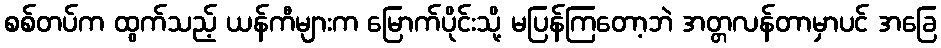
စစ်တပ်က ထွက်သည့် ယန်ကီများက မြောက်ပိုင်းသို့ မပြန်ကြတော့ဘဲ အတ္တလန်တာမှာပင် အခြေ